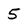
Character: 5